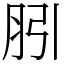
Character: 䏖